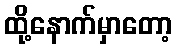
ထို့နောက်မှာတော့